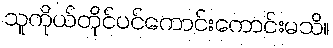
သူကိုယ်တိုင်ပင်ကောင်းကောင်းမသိ။